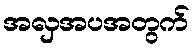
အလှအပအတွက်